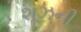
શૂઝની